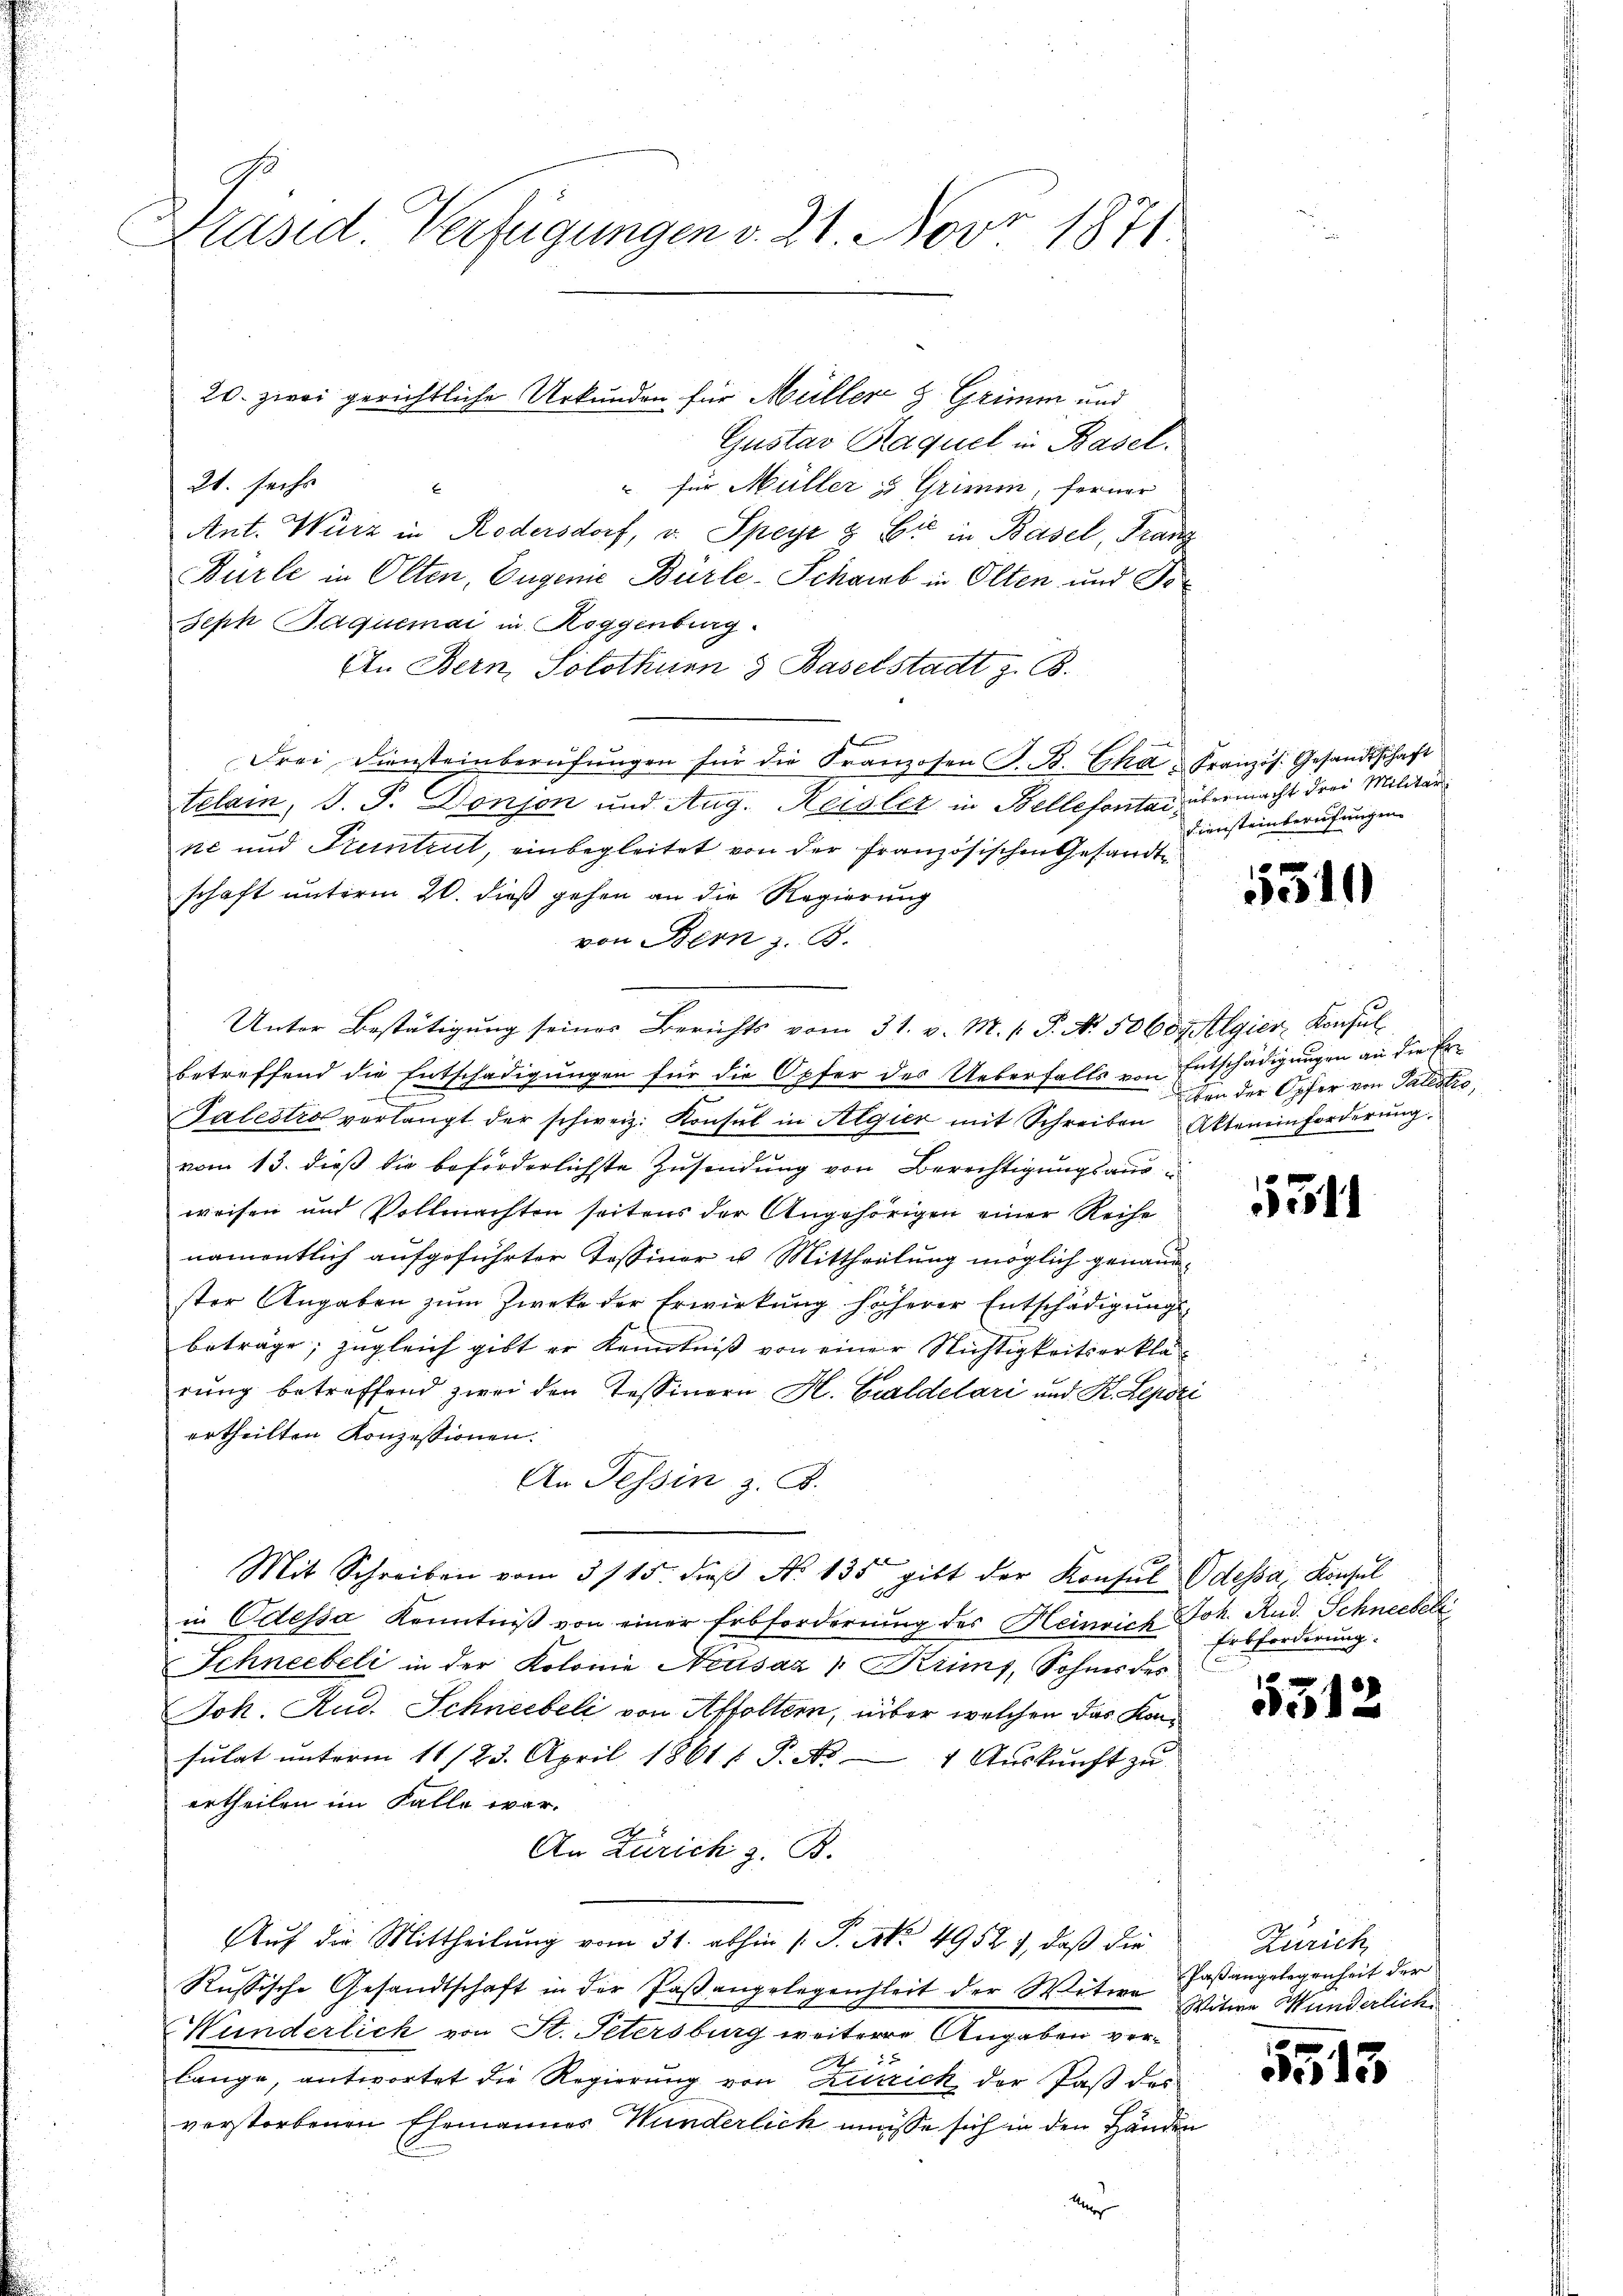
Präsid. Verfügungen v. 21. Nov. 1871

Gustav Raquel in Basel.
21. sechs
“ für Müller & Grimm, ferner
E
Ant. Würz in Rodersdorf, v. Speyz & Cie in Basel, Franz
Bürte in Olten, Eugenie Bürle-Schaub in Olten und Po¬
Seph Baquemai in Roggenburg.
Ein Bern, Solothurn & Baselstadt z. B.
Frei Diensteinberufungen für die Franzosen S. B. Cha. Französ. Gesandtschaft
telam, S. P. Donson und Aug. Keisler in Bellefontai übermacht drei Militär
ke und Pruntrut, einbegleitet von der Französischen Gesandtschaft unterm 20. dieß gehen an die Regierung
von Bern z. B.
Unter Bestätigung seines Berichts vom 31. v. M. s. S. Nr. 50609 Algier, Konsul
betreffend die Entschädigungen für die Opfer des Ueberfalls von Entschädigungen an die Er¬
Palestio verlangt der schweiz. Konsul in Algier mit Schreiben Akteneinforderŭng.
vom 13. dieß die beförderlichste Zusendung von Berechtigungsausweisen und Vollmachten seitens der Angehörigen einer Reihe
namentlich aufgeführter Tessiner u. Mittheilung möglich genann-
ster Angaben zum Zwecke der Erwirkung höherer Entschädigungsbeträge; zugleich gibt er Kenntniß von einer Nichtigkeitserklärung betreffend zwei den Tessinern H. Caldelari und K. Lepozi
ertheilten Konzessionen.
An Tessin z. B.
Mit Schreiben vom 3/15. dieβ No 135 gibt der Konsul Odessa, Konsul
in Odessa Kenntniß von einer Erbforderung des Heinrich Joh. Rud. Schneebel
Schneebeli in der Kolonie Neusaz " Kiis, Sohnes des
Jok. Rud. Schneebeli von Affoltern, über welchen das Konsŭlat ŭnterm 11/23. April 1861 / P. Nr. 1 Aŭskŭnft zŭ
ertheilen im Falle war.
An Zürich z. B.
Auf die Mittheilung vom 31. abhin /: P. Nr. 4952, daß die
Russische Gesandtschaft in der Paßangelegenheit der Witwe Faßangelegenheit der
Hunderlich von St. Petersburg weitere Angaben verd
lange, antwortet die Regierung von Zusick der Paß des
verstorbenen Ehemannes Wunderlich müsse sich in den Händen

20. zwei gerichtliche Urkunden für Müller & Grimm und

Diensteinberufungen.

5540

iben der Opfer von Pallatio

511

Erbforderung.

5512

Zürich
Witwe Wunderliche

1513